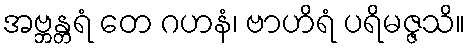
အဗ္ဘန္တရံ တေ ဂဟနံ၊ ဗာဟိရံ ပရိမဇ္ဇသိ။